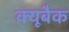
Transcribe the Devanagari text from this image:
क्यूबैक